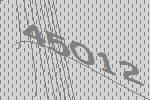
45012